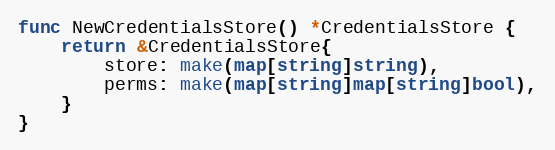
Language: Go
func NewCredentialsStore() *CredentialsStore {
	return &CredentialsStore{
		store: make(map[string]string),
		perms: make(map[string]map[string]bool),
	}
}